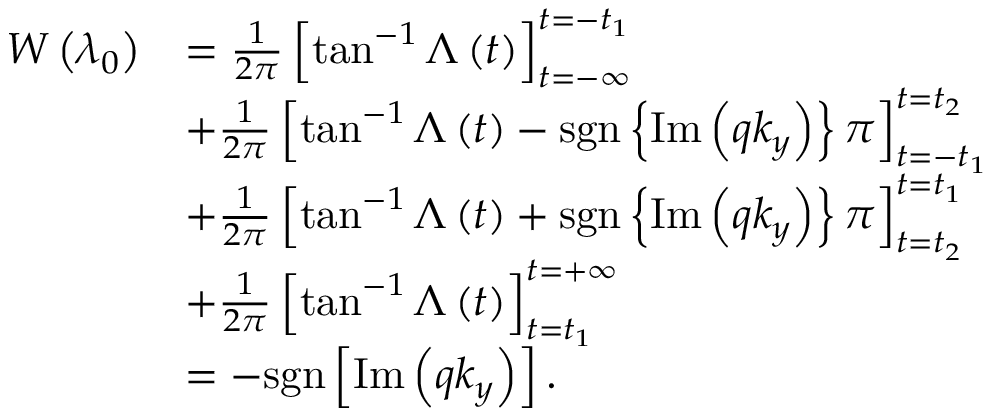
\begin{array} { r l } { W \left( \lambda _ { 0 } \right) } & { = \frac { 1 } { 2 \pi } \left[ \tan ^ { - 1 } \Lambda \left( t \right) \right] _ { t = - \infty } ^ { t = - t _ { 1 } } } \\ & { + \frac { 1 } { 2 \pi } \left[ \tan ^ { - 1 } \Lambda \left( t \right) - \mathrm { s g n } \left\{ \mathrm { I m } \left( q k _ { y } \right) \right\} \pi \right] _ { t = - t _ { 1 } } ^ { t = t _ { 2 } } } \\ & { + \frac { 1 } { 2 \pi } \left[ \tan ^ { - 1 } \Lambda \left( t \right) + \mathrm { s g n } \left\{ \mathrm { I m } \left( q k _ { y } \right) \right\} \pi \right] _ { t = t _ { 2 } } ^ { t = t _ { 1 } } } \\ & { + \frac { 1 } { 2 \pi } \left[ \tan ^ { - 1 } \Lambda \left( t \right) \right] _ { t = t _ { 1 } } ^ { t = + \infty } } \\ & { = - \mathrm { s g n } \left[ \mathrm { I m } \left( q k _ { y } \right) \right] . } \end{array}